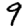
Digit: 9